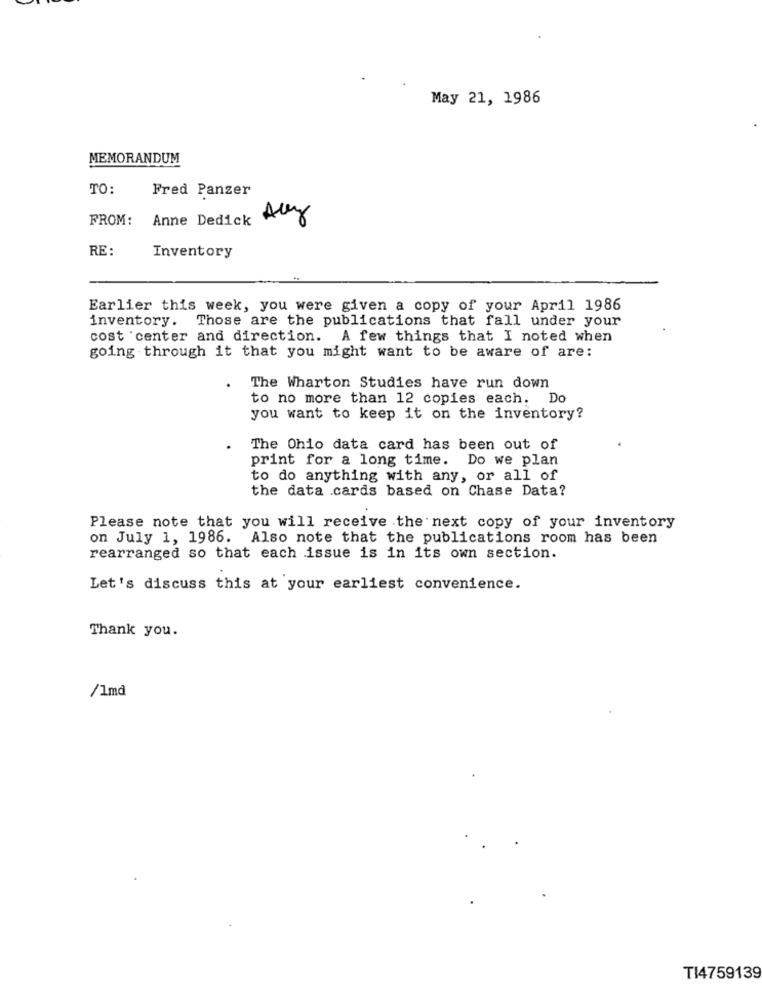
May 21, 1986
MEMORANDUM
TO:
Fred Panzer
FROM:
Anne Dedick Allez
RE :
Inventory
Earlier this week, you were given a copy of your April 1986
inventory. Those are the publications that fall under your
cost 'center and direction. A few things that I noted when
going through it that you might want to be aware of are:
The Wharton Studies have run down
to no more than 12 copies each. Do
you want to keep it on the inventory?
The Ohio data card has been out of
print for a long time. Do we plan
to do anything with any, or all of
the data .cards based on Chase Data?
Please note that you will receive the next copy of your inventory
on July 1, 1986. Also note that the publications room has been
rearranged so that each issue is in its own section.
Let's discuss this at your earliest convenience.
Thank you.
/1md
TI4759139